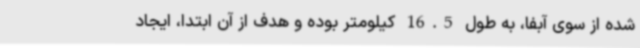
شده از سوی آبفا، به طول 16.5 کیلومتر بوده و هدف از آن ابتدا، ایجاد